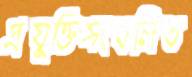
প্রযুক্তিসংবলিত